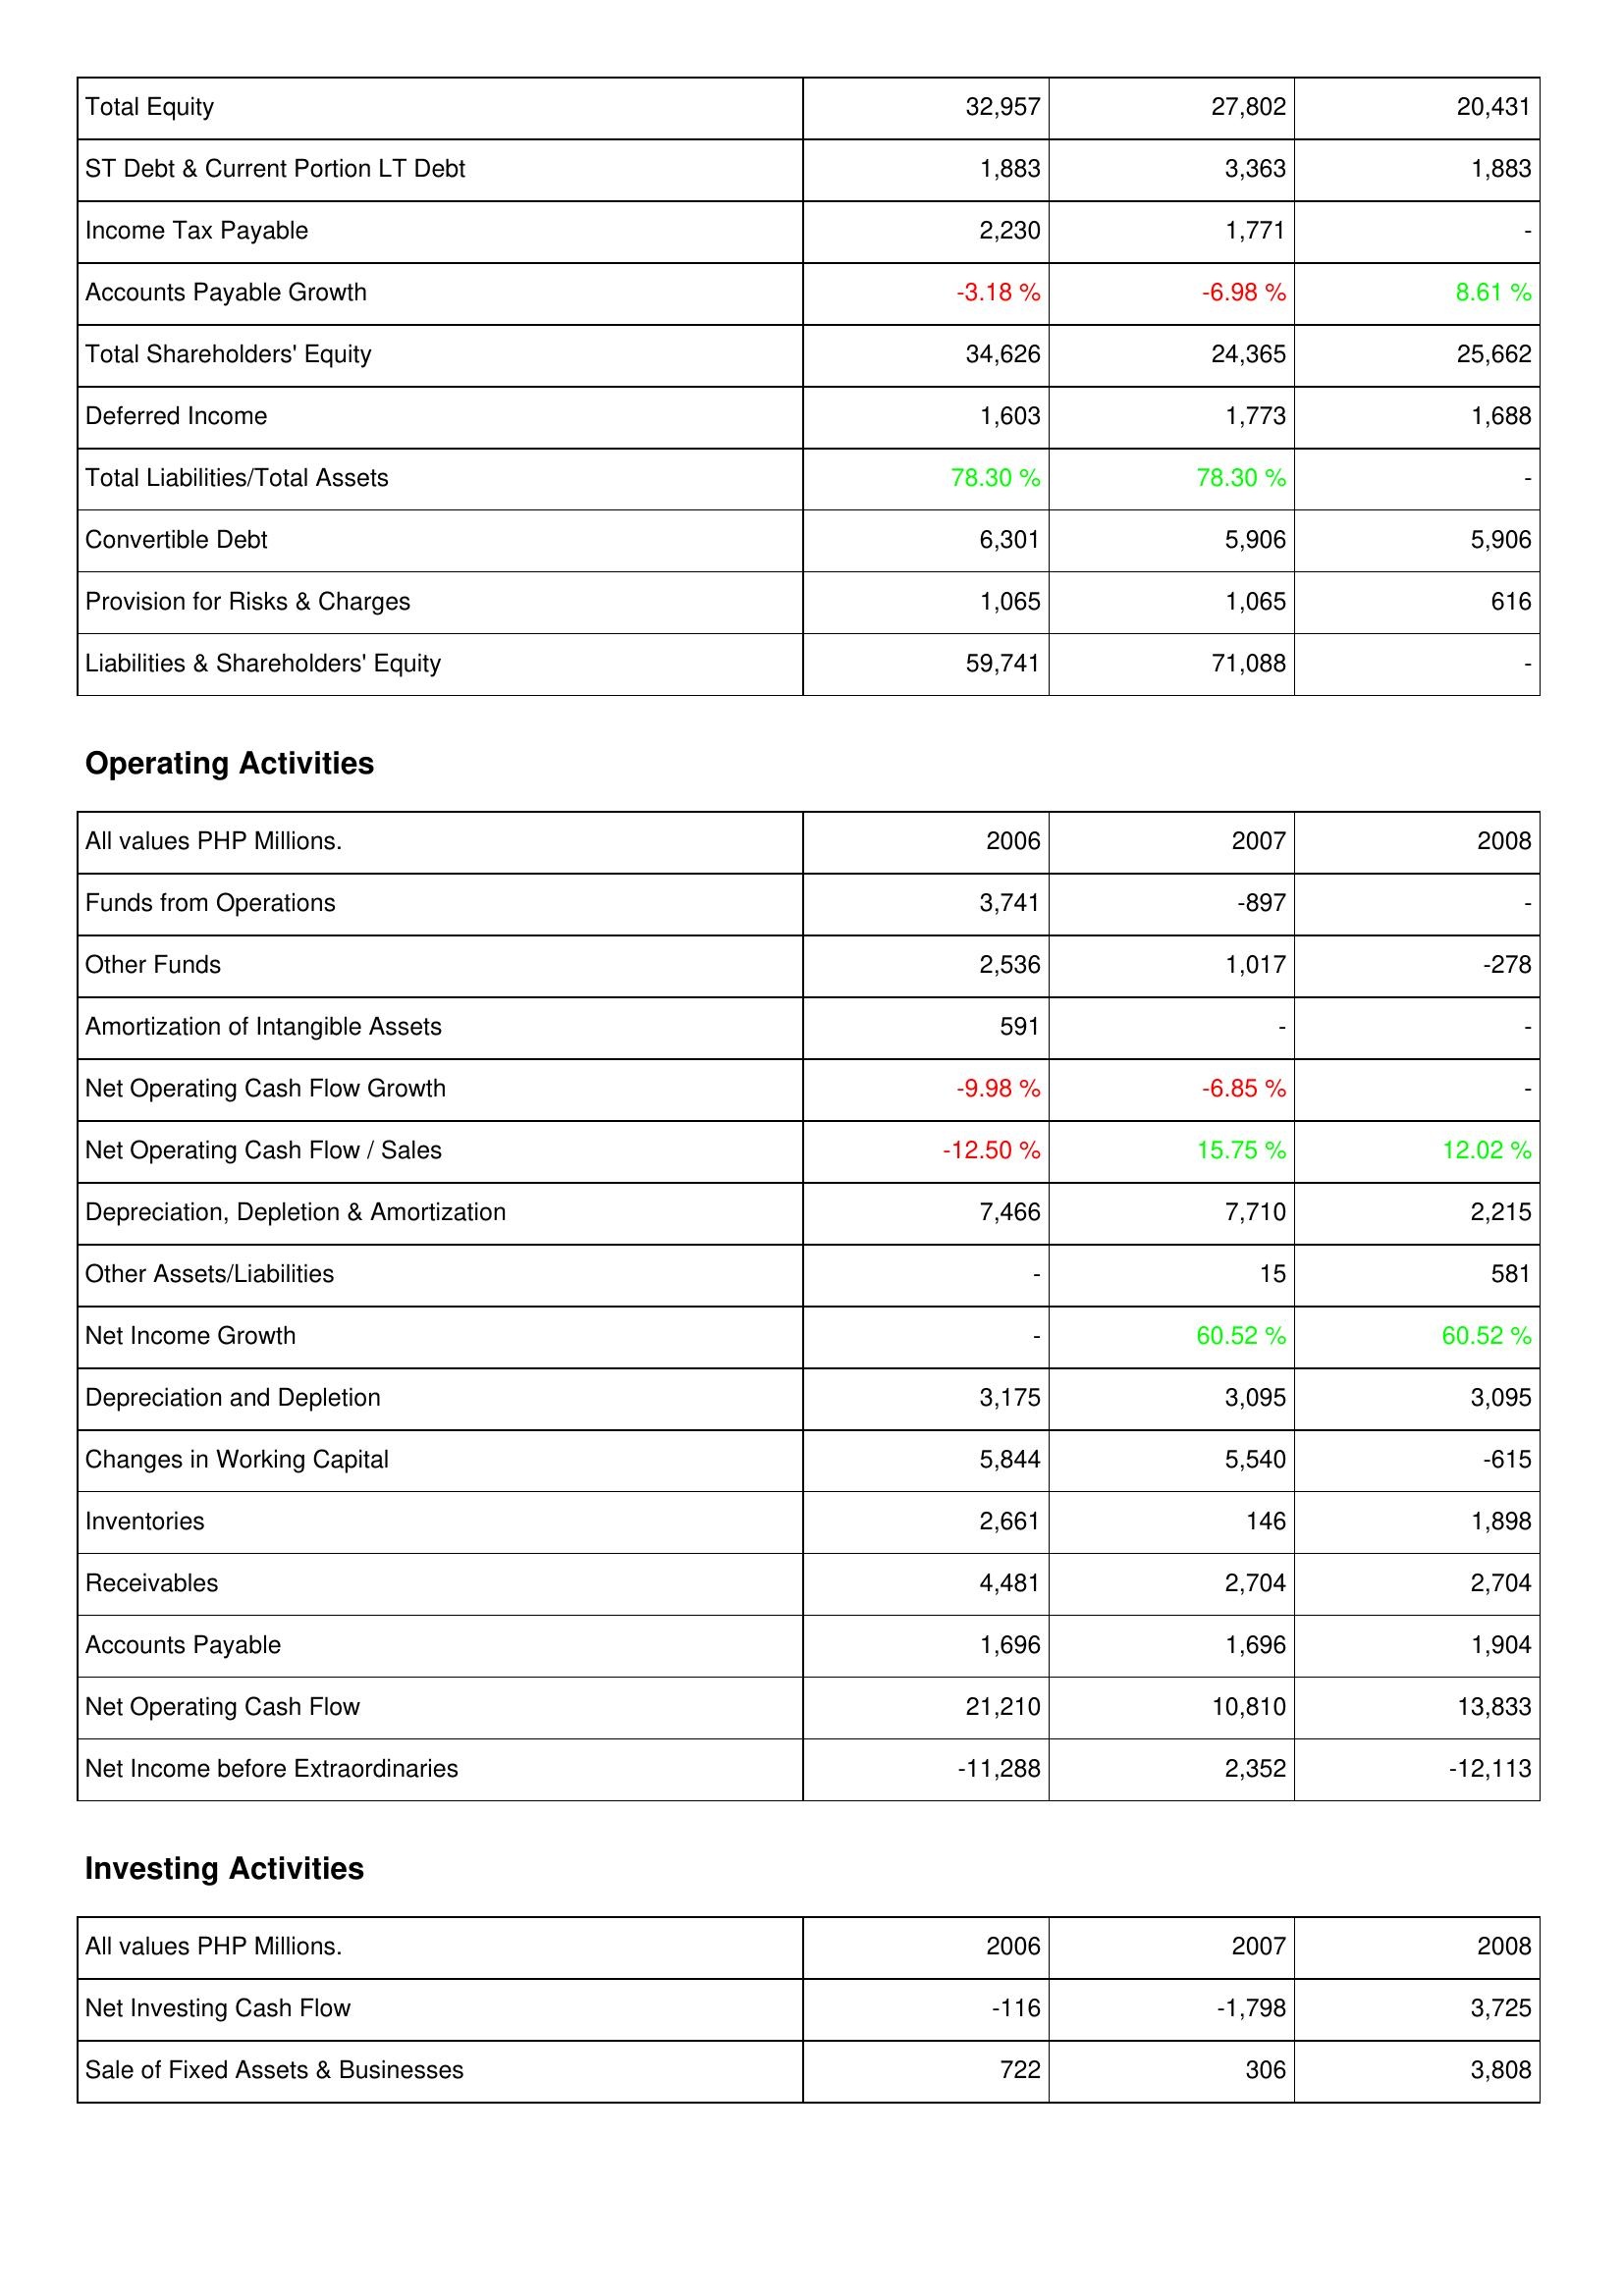
2006: Liabilities & Shareholders' Equity: Total Equity: 32,957
ST Debt & Current Portion LT Debt: 1,883
Income Tax Payable: 2,230
Accounts Payable Growth: -3.18 %
Total Shareholders' Equity: 34,626
Deferred Income: 1,603
Total Liabilities/Total Assets: 78.30 %
Convertible Debt: 6,301
Provision for Risks & Charges: 1,065
Liabilities & Shareholders' Equity: 59,741
Operating Activities: Funds from Operations: 3,741
Other Funds: 2,536
Amortization of Intangible Assets: 591
Net Operating Cash Flow Growth: -9.98 %
Net Operating Cash Flow / Sales: -12.50 %
Depreciation, Depletion & Amortization: 7,466
Other Assets/Liabilities: -
Net Income Growth: -
Depreciation and Depletion: 3,175
Changes in Working Capital: 5,844
Inventories: 2,661
Receivables: 4,481
Accounts Payable: 1,696
Net Operating Cash Flow: 21,210
Net Income before Extraordinaries: -11,288
Investing Activities: Net Investing Cash Flow: -116
Sale of Fixed Assets & Businesses: 722
2007: Liabilities & Shareholders' Equity: Total Equity: 27,802
ST Debt & Current Portion LT Debt: 3,363
Income Tax Payable: 1,771
Accounts Payable Growth: -6.98 %
Total Shareholders' Equity: 24,365
Deferred Income: 1,773
Total Liabilities/Total Assets: 78.30 %
Convertible Debt: 5,906
Provision for Risks & Charges: 1,065
Liabilities & Shareholders' Equity: 71,088
Operating Activities: Funds from Operations: -897
Other Funds: 1,017
Amortization of Intangible Assets: -
Net Operating Cash Flow Growth: -6.85 %
Net Operating Cash Flow / Sales: 15.75 %
Depreciation, Depletion & Amortization: 7,710
Other Assets/Liabilities: 15
Net Income Growth: 60.52 %
Depreciation and Depletion: 3,095
Changes in Working Capital: 5,540
Inventories: 146
Receivables: 2,704
Accounts Payable: 1,696
Net Operating Cash Flow: 10,810
Net Income before Extraordinaries: 2,352
Investing Activities: Net Investing Cash Flow: -1,798
Sale of Fixed Assets & Businesses: 306
2008: Liabilities & Shareholders' Equity: Total Equity: 20,431
ST Debt & Current Portion LT Debt: 1,883
Income Tax Payable: -
Accounts Payable Growth: 8.61 %
Total Shareholders' Equity: 25,662
Deferred Income: 1,688
Total Liabilities/Total Assets: -
Convertible Debt: 5,906
Provision for Risks & Charges: 616
Liabilities & Shareholders' Equity: -
Operating Activities: Funds from Operations: -
Other Funds: -278
Amortization of Intangible Assets: -
Net Operating Cash Flow Growth: -
Net Operating Cash Flow / Sales: 12.02 %
Depreciation, Depletion & Amortization: 2,215
Other Assets/Liabilities: 581
Net Income Growth: 60.52 %
Depreciation and Depletion: 3,095
Changes in Working Capital: -615
Inventories: 1,898
Receivables: 2,704
Accounts Payable: 1,904
Net Operating Cash Flow: 13,833
Net Income before Extraordinaries: -12,113
Investing Activities: Net Investing Cash Flow: 3,725
Sale of Fixed Assets & Businesses: 3,808